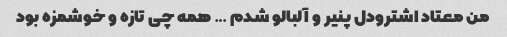
من‌ معتاد اشترودل پنیر و آلبالو شدم … همه چی تازه و خوشمزه بود